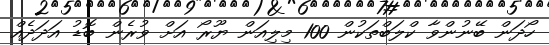
ހޯދަން ބޭނުންވާ ކްލަބްތަކުން 100 މިލިއަން ޔޫރޯ އަށް ވުރެން ބޮޑު އަދަދެއް